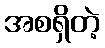
အစရှိတဲ့